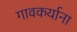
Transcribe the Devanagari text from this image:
गावकर्याना